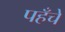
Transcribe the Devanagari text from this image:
पहँचे